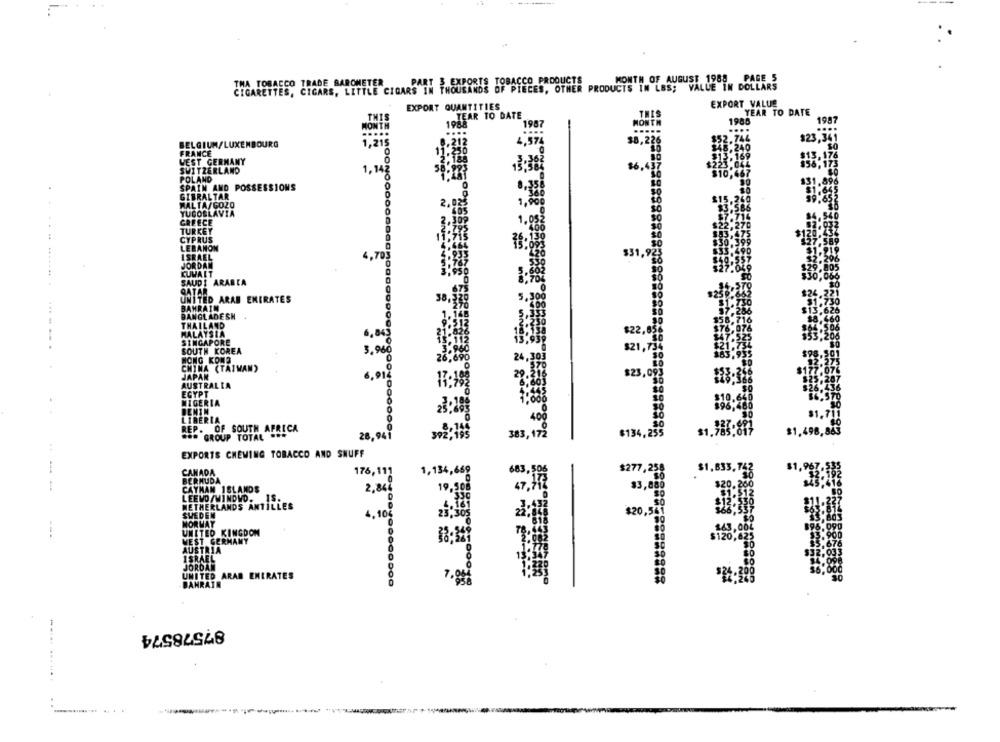
THA TOBACCO TRADE BAROMETER
PART 3 EXPORTS TOBACCO PRODUCTS
MONTH OF AUGUST 1988 PAGE 5
CIGARETTES, CIGARS, LITTLE CIGARS IN THOUSANDS OF PIECES, OTHER PRODUCTS IN LBS; VALUE IN DOLLARS
EXPORT VALUE
EXPORT QUANTITIES
YEAR TO DATE
THIS
TEAR TO DATE
MONTH
1988
1987
1988
1,215
8.212
4,574
$8,226
$52.744
$21
BELGIUM/LUXEMBOURG
11:250
$48,240
FRANCE
WEST GERMANY
SWITZERLAND
POLAND
SPAIN AND POSSESSIONS
GIBRALTAR
MALTA/GOZO
1,90
YUGOSLAVIA
GREECE
TURKEY
CYPRUS
LEBANON
4,70
$31,
KUWAIT
SAUDI ARABIA
UNITED ARAB EMIRATES
BAHRAIN
BANGLADESH
THAILAND
MALAYSIA
6.843
SINGAPORE
SOUTH KOREA
3,96
$21
HONG KONG
CHINA (TAIWAN)
JAPAN
$25,09
AUSTRALIA
EGYPT
NIGERIA
LIBERIA
REP. OF SOUTH AFRICA
=== GROUP TOTAL .**
28,94
383, 17
8134,239
1,385;87
$1,498,88
EXPORTS CHEWING TOBACCO AND SNUFF
CANADA
176, 115
1,134,66
$277,25
BERMUDA
-
CAYMAN ISLANDS
2,84
83,80
LEEMO/WINDVD.
19,8
NETHERLANDS ANTILLES
$20,38i
SWEDEN
4,10;
MORMAY
UNITED KINGDOM
WEST GERMANY
AUSTRIA
ISRAEL
JORDAN
UNITED ARAB ENERATES
BAHRAIN
87578574
...... ...